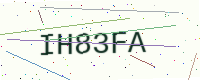
Text: IH83FA